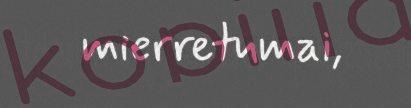
mierretumai,